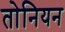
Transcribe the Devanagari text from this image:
तोनियन